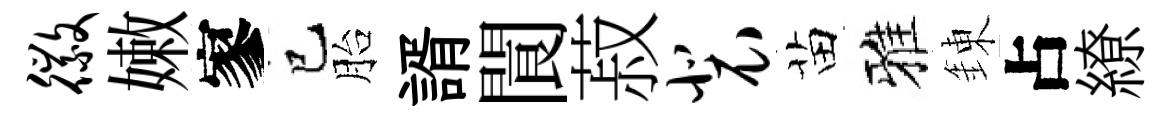
徽嫩寥巳胎諝閬菽裴苗雅錬占繚